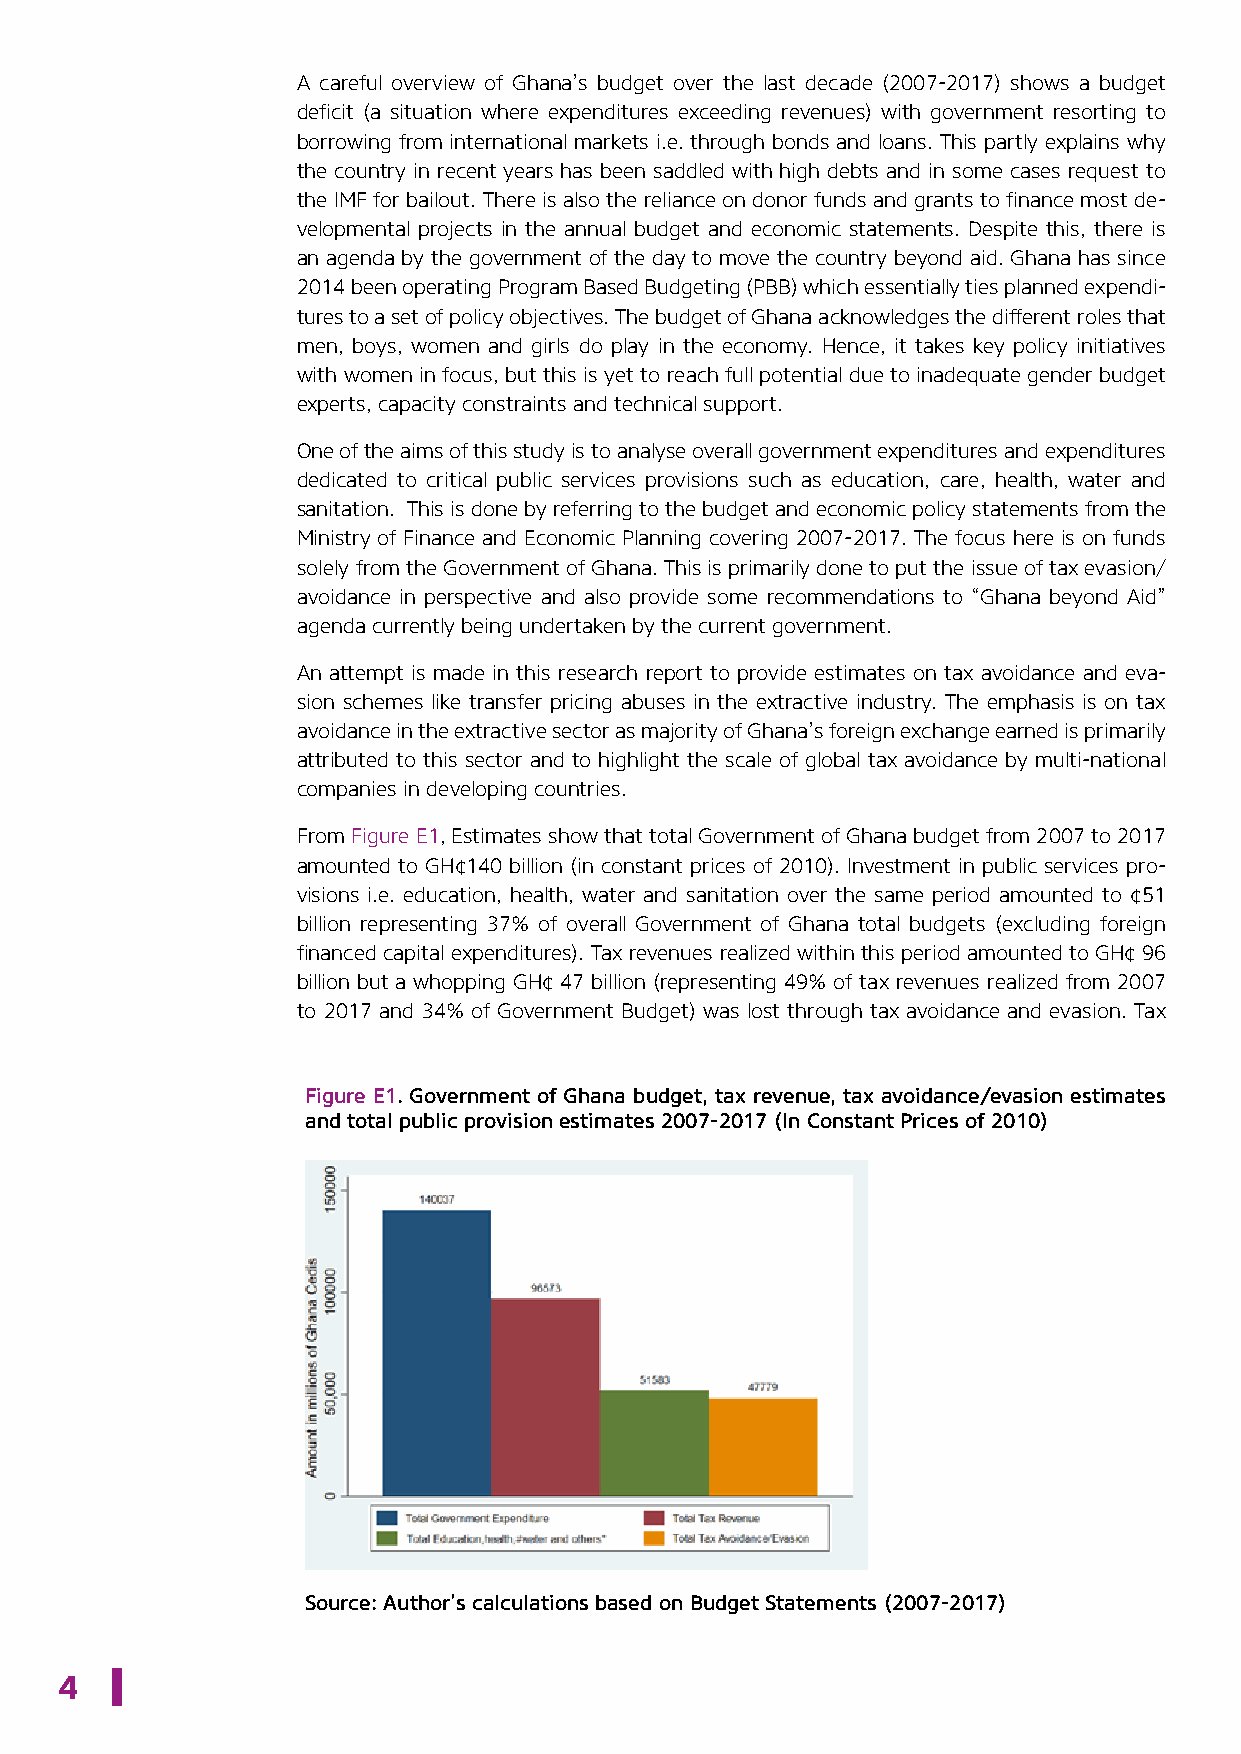
A careful overview of Ghana’s budget over the last decade (2007-2017) shows a budget
 deficit (a situation where expenditures exceeding revenues) with government resorting to
 borrowing from international markets i.e. through bonds and loans. This partly explains why
 the country in recent years has been saddled with high debts and in some cases request to
 the IMF for bailout. There is also the reliance on donor funds and grants to finance most de-
 velopmental projects in the annual budget and economic statements. Despite this, there is
 an agenda by the government of the day to move the country beyond aid. Ghana has since
 2014 been operating Program Based Budgeting (PBB) which essentially ties planned expendi-
 tures to a set of policy objectives. The budget of Ghana acknowledges the different roles that
 men, boys, women and girls do play in the economy. Hence, it takes key policy initiatives
 with women in focus, but this is yet to reach full potential due to inadequate gender budget
 experts, capacity constraints and technical support.
 One of the aims of this study is to analyse overall government expenditures and expenditures
 dedicated to critical public services provisions such as education, care, health, water and
 sanitation. This is done by referring to the budget and economic policy statements from the
 Ministry of Finance and Economic Planning covering 2007-2017. The focus here is on funds
 solely from the Government of Ghana. This is primarily done to put the issue of tax evasion/
 avoidance in perspective and also provide some recommendations to “Ghana beyond Aid”
 agenda currently being undertaken by the current government.
 An attempt is made in this research report to provide estimates on tax avoidance and eva-
 sion schemes like transfer pricing abuses in the extractive industry. The emphasis is on tax
 avoidance in the extractive sector as majority of Ghana’s foreign exchange earned is primarily
 attributed to this sector and to highlight the scale of global tax avoidance by multi-national
 companies in developing countries.
 From Figure E1, Estimates show that total Government of Ghana budget from 2007 to 2017
 amounted to GH¢140 billion (in constant prices of 2010). Investment in public services pro-
 visions i.e. education, health, water and sanitation over the same period amounted to ¢51
 billion representing 37% of overall Government of Ghana total budgets (excluding foreign
 financed capital expenditures). Tax revenues realized within this period amounted to GH¢ 96
 billion but a whopping GH¢ 47 billion (representing 49% of tax revenues realized from 2007
 to 2017 and 34% of Government Budget) was lost through tax avoidance and evasion. Tax
 Figure E1. Government of Ghana budget, tax revenue, tax avoidance/evasion estimates
 and total public provision estimates 2007-2017 (In Constant Prices of 2010)
 Source: Author’s calculations based on Budget Statements (2007-2017)
 4